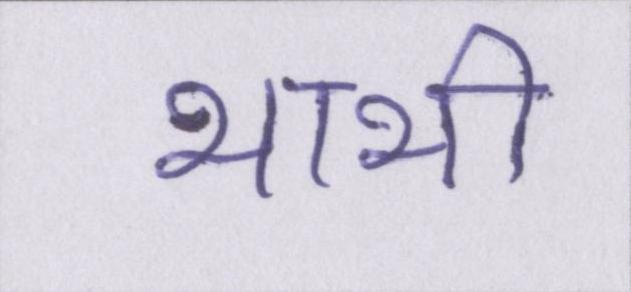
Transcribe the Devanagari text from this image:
भाभी